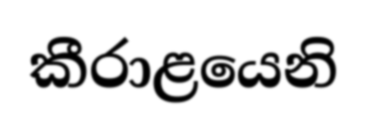
කීරාළයෙනි